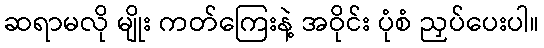
ဆရာမလို မျိုး ကတ်ကြေးနဲ့ အဝိုင်း ပုံစံ ညှပ်ပေးပါ။